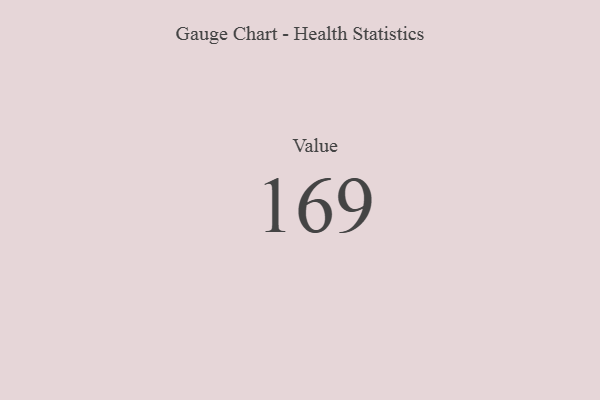
{"axis": {"x": "Metric", "y": "Value"}, "legend": [""], "data": [{"x": "Value", "y": 169, "type": ""}]}